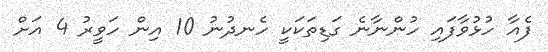
ފެއާ ހުޅުވާފައި ހުންނާނެ ގަޑިތަކަކީ ހެނދުނު 10 އިން ހަވީރު 4 އަށް